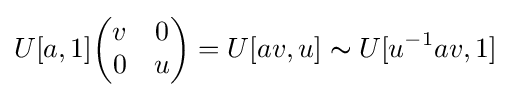
U[a,1]{\begin{pmatrix}v&0\\0&u\end{pmatrix}}=U[av,u]\thicksim U[u^{-1}av,1]